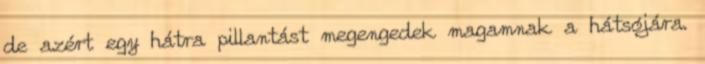
de azért egy hátra pillantást megengedek magamnak a hátsójára.